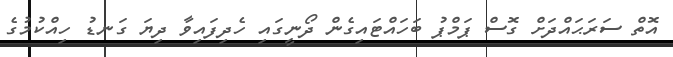
އޮތް ސަރަޙައްދަށް ގޮސް ޕަމްޕު ބަހައްޓައިގެން ދޯނީގައި ހެދިފައިވާ ދިޔަ ގަނޑު ހިއްކުމުގެ